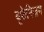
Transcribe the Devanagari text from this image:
यूफेमिज़म